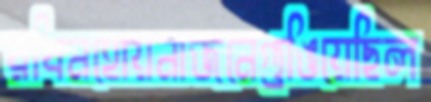
রবিনহোয়নাজনেগুঙিয়েছিল